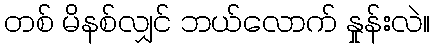
တစ် မိနစ်လျှင် ဘယ်လောက် နှုန်းလဲ။